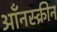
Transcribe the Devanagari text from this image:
ऑंनस्क्रीन